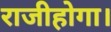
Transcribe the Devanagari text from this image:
राजीहोगा।